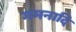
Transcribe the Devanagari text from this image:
गमनादि